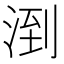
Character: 𪶌